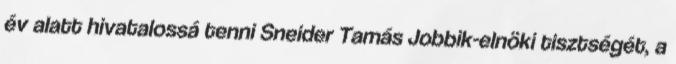
év alatt hivatalossá tenni Sneider Tamás Jobbik-elnöki tisztségét, a